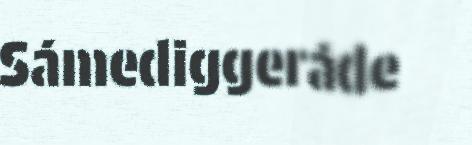
Sámediggeráde